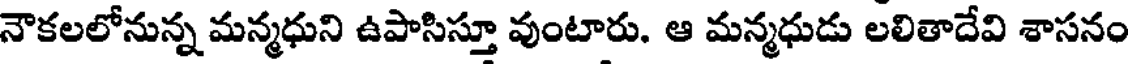
నౌకలలోనున్న మన్మధుని ఉపాసిస్తూ వుంటారు. ఆ మన్మధుడు లలితాదేవి శాసనం